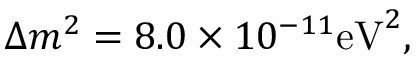
\Delta m ^ { 2 } = 8 . 0 \times 1 0 ^ { - 1 1 } \mathrm { e V } ^ { 2 } ,